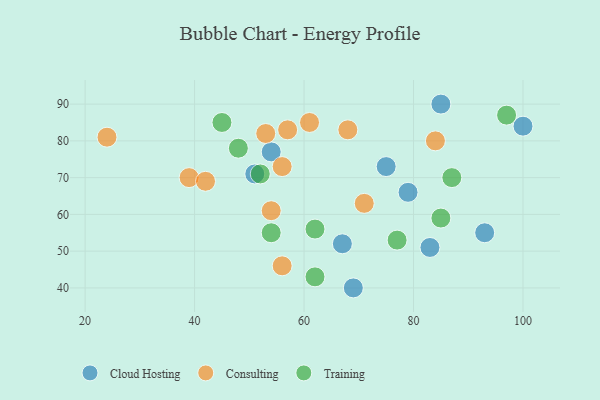
{"axis": {"x": "GDP", "y": "Life Expectancy"}, "legend": ["Cloud Hosting", "Consulting", "Training"], "data": [{"x": "100", "y": 84, "type": "Cloud Hosting"}, {"x": "85", "y": 90, "type": "Cloud Hosting"}, {"x": "69", "y": 40, "type": "Cloud Hosting"}, {"x": "54", "y": 77, "type": "Cloud Hosting"}, {"x": "75", "y": 73, "type": "Cloud Hosting"}, {"x": "93", "y": 55, "type": "Cloud Hosting"}, {"x": "51", "y": 71, "type": "Cloud Hosting"}, {"x": "83", "y": 51, "type": "Cloud Hosting"}, {"x": "79", "y": 66, "type": "Cloud Hosting"}, {"x": "67", "y": 52, "type": "Cloud Hosting"}, {"x": "61", "y": 85, "type": "Consulting"}, {"x": "39", "y": 70, "type": "Consulting"}, {"x": "56", "y": 73, "type": "Consulting"}, {"x": "57", "y": 83, "type": "Consulting"}, {"x": "54", "y": 61, "type": "Consulting"}, {"x": "84", "y": 80, "type": "Consulting"}, {"x": "56", "y": 46, "type": "Consulting"}, {"x": "68", "y": 83, "type": "Consulting"}, {"x": "42", "y": 69, "type": "Consulting"}, {"x": "24", "y": 81, "type": "Consulting"}, {"x": "71", "y": 63, "type": "Consulting"}, {"x": "53", "y": 82, "type": "Consulting"}, {"x": "62", "y": 43, "type": "Training"}, {"x": "97", "y": 87, "type": "Training"}, {"x": "54", "y": 55, "type": "Training"}, {"x": "52", "y": 71, "type": "Training"}, {"x": "85", "y": 59, "type": "Training"}, {"x": "45", "y": 85, "type": "Training"}, {"x": "48", "y": 78, "type": "Training"}, {"x": "87", "y": 70, "type": "Training"}, {"x": "77", "y": 53, "type": "Training"}, {"x": "62", "y": 56, "type": "Training"}]}